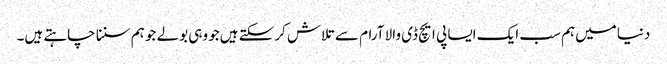
دنیا میں‌ہم سب ایک ایسا پی ایچ ڈی والا آرام سے تلاش کرسکتے ہیں‌جو وہی بولے جو ہم سننا چاہتے ہیں۔